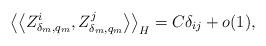
LaTeX: \begin{align*}\left\langle \left\langle Z_{\delta_{m},q_{m}}^{i},Z_{\delta_{m},q_{m}}^{j}\right\rangle \right\rangle _{H}=C\delta_{ij}+o(1),\end{align*}